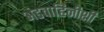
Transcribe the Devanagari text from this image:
अंडवाहिनीशी